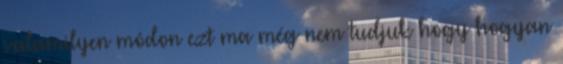
valamilyen módon ezt ma még nem tudjuk hogy hogyan